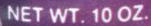
NET WT. 10 OZ.